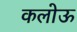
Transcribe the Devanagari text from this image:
कलोऊ